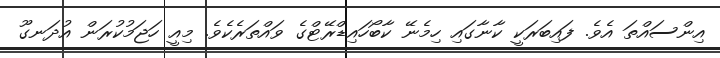
އިންސައްތަ އެވެ. ފައިބަރަކީ ކާނާގައި ހިމެނޭ ކާބޯހައިޑްރޭޓްގެ ވައްތަރެކެވެ. މިއީ ހަޖަމުކުރަން އުދަނގޫ